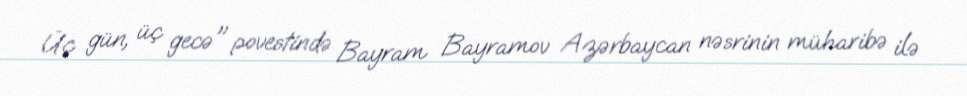
Üç gün, üç gecə" povestində Bayram Bayramov Azərbaycan nəsrinin müharibə ilə